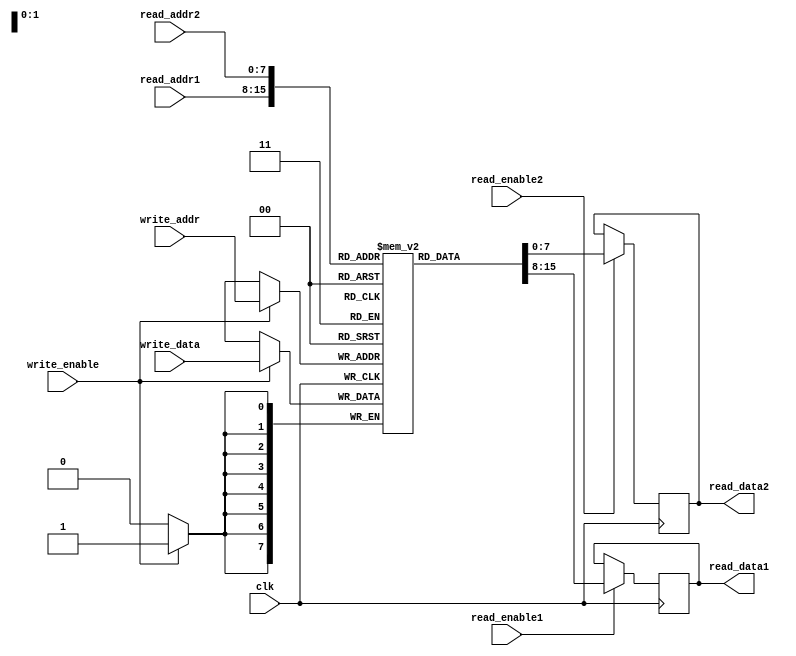
module dual_port_RAM (
    input wire clk,
    input wire [7:0] read_addr1,
    input wire [7:0] read_addr2,
    input wire [7:0] write_addr,
    input wire [7:0] write_data,
    input wire read_enable1,
    input wire read_enable2,
    input wire write_enable,
    output reg [7:0] read_data1,
    output reg [7:0] read_data2
);

reg [7:0] memory [0:255];

always @(posedge clk) begin
    if (read_enable1) begin
        read_data1 <= memory[read_addr1];
    end
    
    if (read_enable2) begin
        read_data2 <= memory[read_addr2];
    end
    
    if (write_enable) begin
        memory[write_addr] <= write_data;
    end
end

endmodule